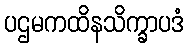
ပဌမကထိနသိက္ခာပဒံ